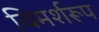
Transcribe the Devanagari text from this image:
विमर्शरूप